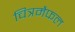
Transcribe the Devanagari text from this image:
चित्रमैफल